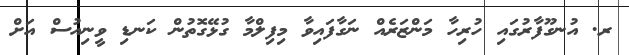
ރ. އުނގޫފާރުގައި ހުރިހާ މަންޒަރެއް ނަގާފައިވާ މިފިލްމާ ގުޅޭގޮތުން ކަނޑި ވީނިއުސް އަށް